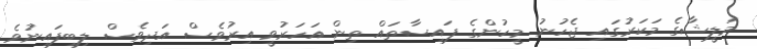
މަލީޝާގެ މަކަރުގައި ޖެހުނު މީހުންގެ ފައިސާތައް ތިން އަހަރުވީ އިރުވެސް އަދިވެސް ލިބިފައިނުވެ